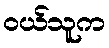
ဝယ်သူက